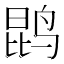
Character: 鹍